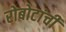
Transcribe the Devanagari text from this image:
रोबोटांची